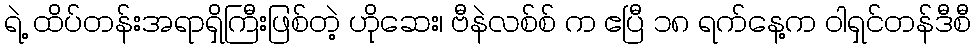
ရဲ့ ထိပ်တန်းအရာရှိကြီးဖြစ်တဲ့ ဟိုဆေး၊ ဗီနဲလစ်စ် က ဧပြီ ၁၈ ရက်နေ့က ဝါရှင်တန်ဒီစီ